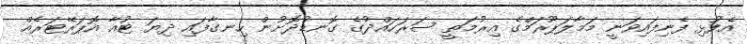
އެފުޅި ފެނިފައިވަނީ މަމާލަޕޫރަމްގެ އިރުމަތީ ސަރަހައްދުގެ ގޮނޑުދޮށުން ހިނގާފައި ދިޔަ ޓުއާ އޮޕަރޭޓަރެއް